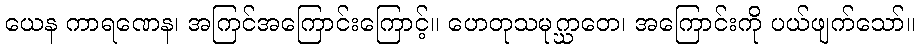
ယေန ကာရဏေန၊ အကြင်အကြောင်းကြောင့်။ ဟေတုသမုဂ္ဃာတေ၊ အကြောင်းကို ပယ်ဖျက်သော်။